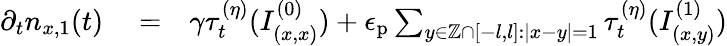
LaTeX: \begin{array}{rlr}{\partial_{t}n_{x,1}(t)}&{{}=}&{\gamma\tau_{t}^{(\eta)}(I_{(x,x)}^{(0)})+\epsilon_{\mathrm{p}}\sum_{y\in\mathbb{Z}\cap\left[-l,l\right]:\left\vert x-y\right\vert=1}\tau_{t}^{(\eta)}(I_{(x,y)}^{(1)})}\end{array}